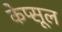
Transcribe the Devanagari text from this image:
केप्सूल